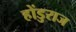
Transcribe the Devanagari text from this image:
होंडुराज